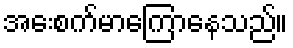
အေးစက်မာကြောနေသည်။